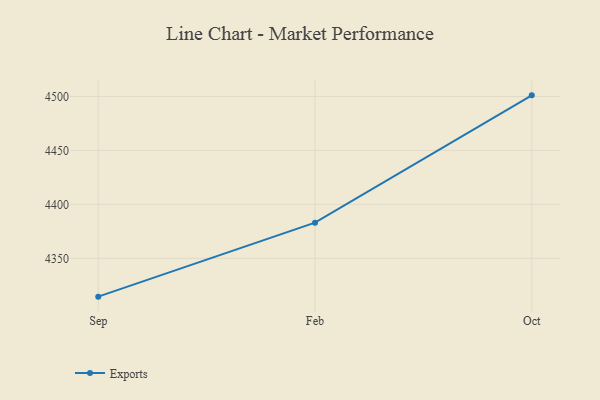
{"axis": {"x": "Month", "y": "LTV (USD)"}, "legend": ["Exports"], "data": [{"x": "Sep", "y": 4314.5, "type": "Exports"}, {"x": "Feb", "y": 4383.0, "type": "Exports"}, {"x": "Oct", "y": 4501.0, "type": "Exports"}]}